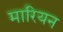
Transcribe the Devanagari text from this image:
मारियन